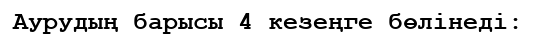
Аурудың барысы 4 кезеңге бөлінеді: